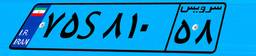
۴۳S۷۳۱۱۹